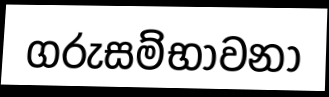
ගරුසම්භාවනා